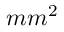
m m ^ { 2 }